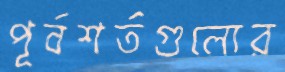
পূর্বশর্তগুলোর